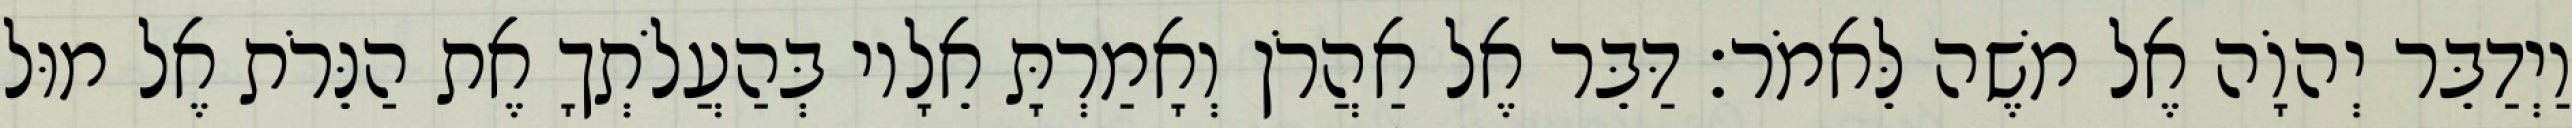
וַיְדַבֵּר יְהוָֹה אֶל משֶׁה לֵּאמֹר׃ דַּבֵּר אֶל אַהֲרֹן וְאָמַרְתָּ אֵלָיו בְּהַעֲלֹתְךָ אֶת הַנֵּרֹת אֶל מוּל